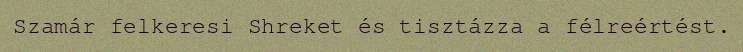
Szamár felkeresi Shreket és tisztázza a félreértést.